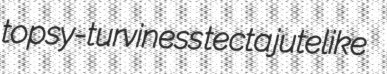
topsy-turviness tecta jutelike